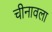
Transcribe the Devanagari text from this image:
चीनावला